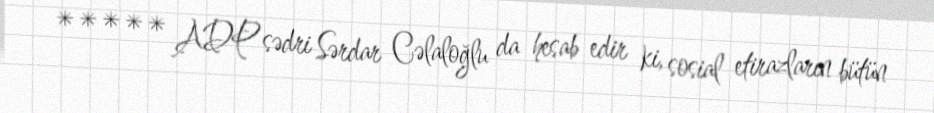
***** ADP sədri Sərdar Cəlaloğlu da hesab edir ki, sosial etirazların bütün